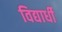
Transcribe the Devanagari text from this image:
विद्यार्धी